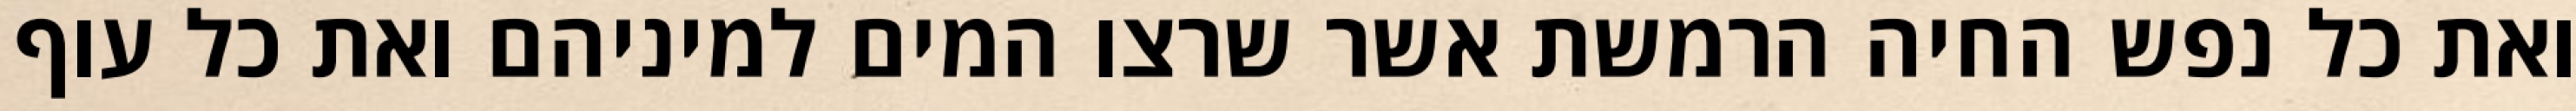
ואת כל נפש החיה הרמשת אשר שרצו המים למיניהם ואת כל עוף